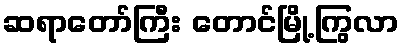
ဆရာတော်ကြီး တောင်မြို့ကြွလာ